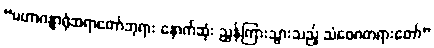
“မဟာဂန္ဓာရုံဆရာတော်ဘုရား နောက်ဆုံး ညွှန်ကြားသွားသည့် သံဝေဂတရားတော်”